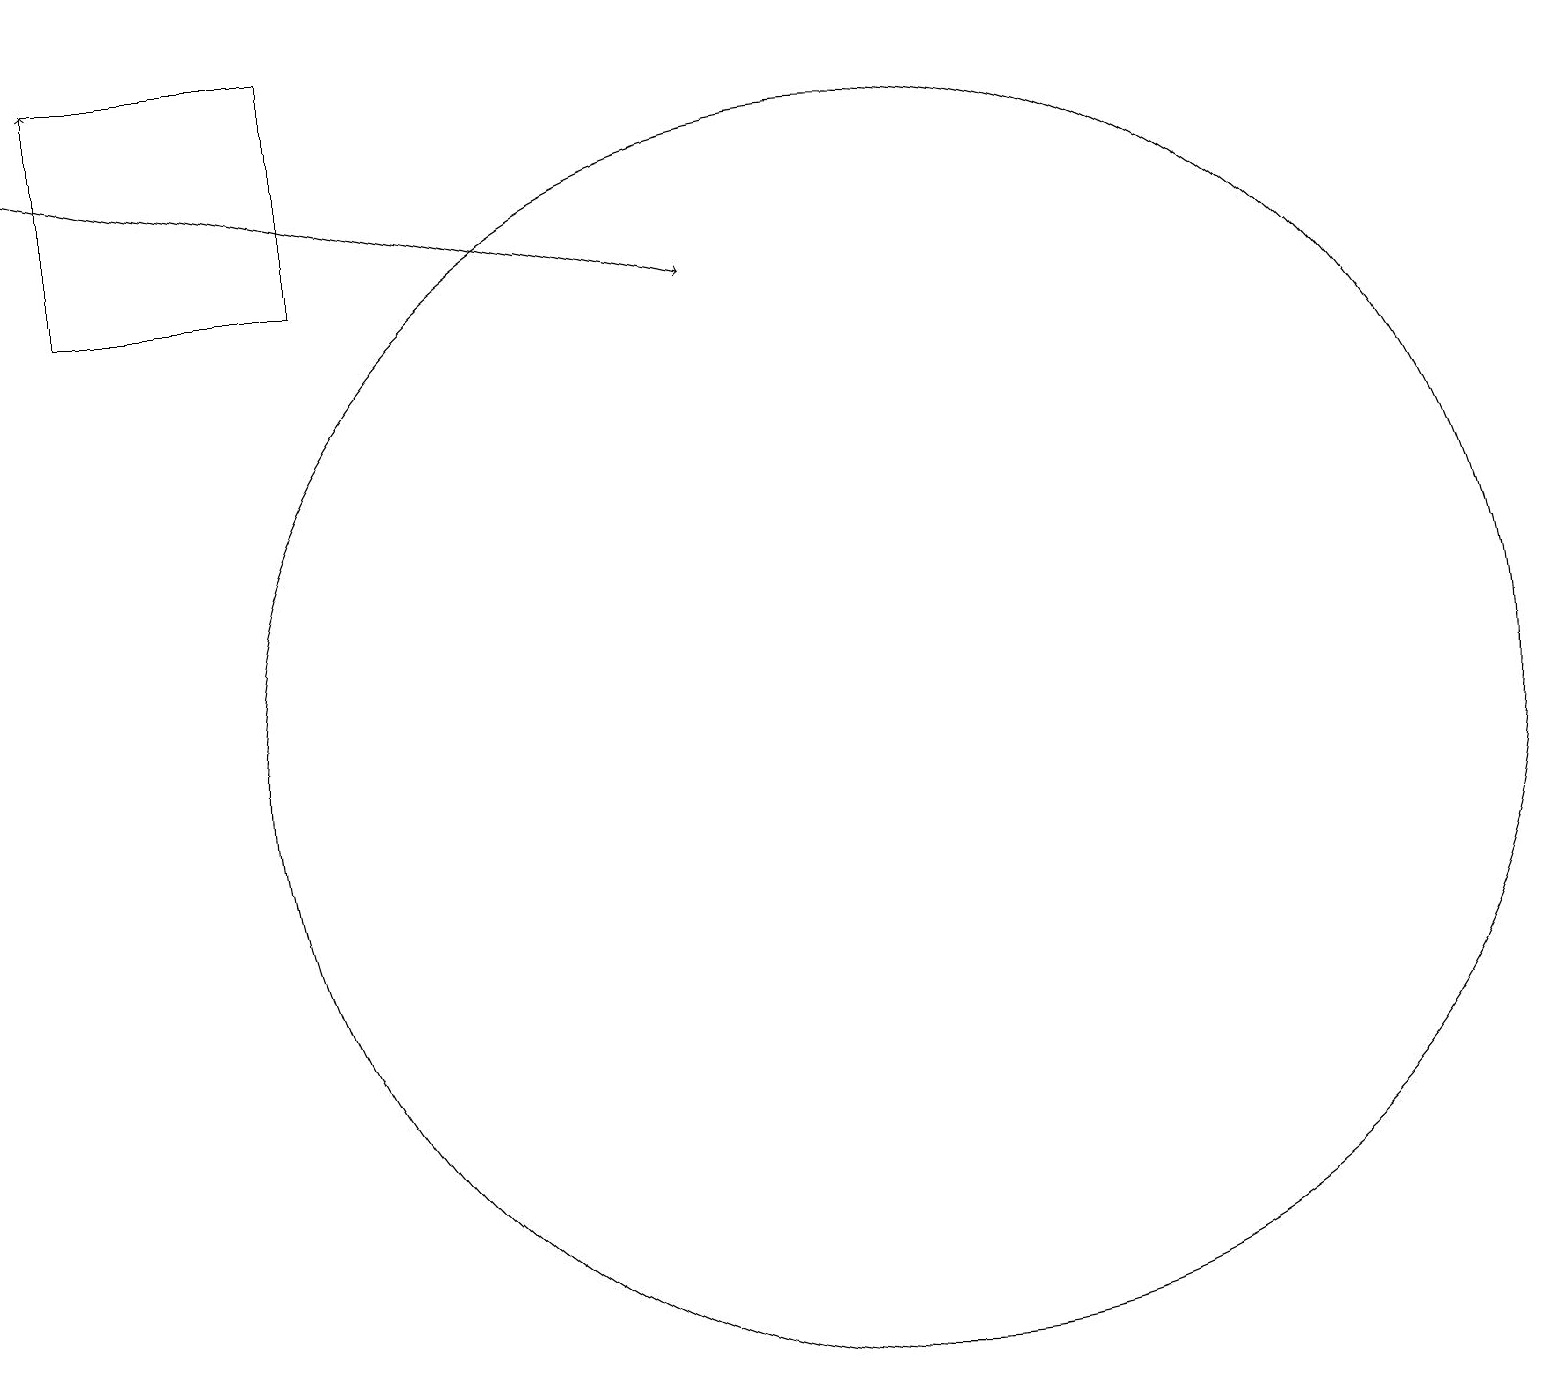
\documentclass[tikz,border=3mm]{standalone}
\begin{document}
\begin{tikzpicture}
\draw[->] (0,18) -- (9,16);
\draw[->] (1,19) -- (1,19);
\draw (11,10) circle (8);
\draw (1,19) rectangle (4,16);
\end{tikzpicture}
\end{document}